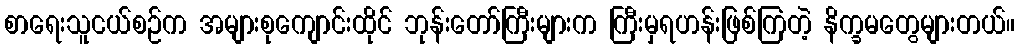
စာရေးသူငယ်စဉ်က အများစုကျောင်းထိုင် ဘုန်းတော်ကြီးများက ကြီးမှရဟန်းဖြစ်ကြတဲ့ နိက္ခမတွေများတယ်။